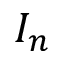
I _ { n }